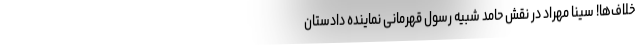
خلاف‌ها! سینا مهراد در نقش حامد شبیه رسول قهرمانی نماینده دادستان